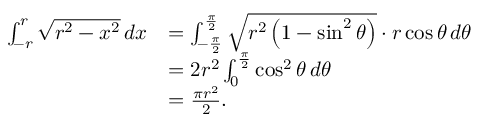
{ \begin{array} { r l } { \int _ { - r } ^ { r } { \sqrt { r ^ { 2 } - x ^ { 2 } } } \, d x } & { = \int _ { - { \frac { \pi } { 2 } } } ^ { \frac { \pi } { 2 } } { \sqrt { r ^ { 2 } \left( 1 - \sin ^ { 2 } \theta \right) } } \cdot r \cos \theta \, d \theta } \\ & { = 2 r ^ { 2 } \int _ { 0 } ^ { \frac { \pi } { 2 } } \cos ^ { 2 } \theta \, d \theta } \\ & { = { \frac { \pi r ^ { 2 } } { 2 } } . } \end{array} }